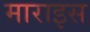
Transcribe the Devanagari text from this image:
माराइस